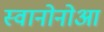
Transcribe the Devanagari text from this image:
स्वानोनोआ